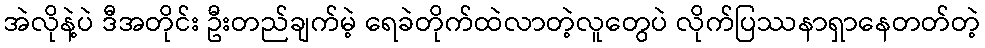
အဲလိုနဲ့ပဲ ဒီအတိုင်း ဦးတည်ချက်မဲ့ ရေခဲတိုက်ထဲလာတဲ့လူတွေပဲ လိုက်ပြဿနာရှာနေတတ်တဲ့